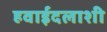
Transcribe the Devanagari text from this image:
हवाईदलाशी